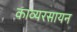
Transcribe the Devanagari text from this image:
काव्यरसायन